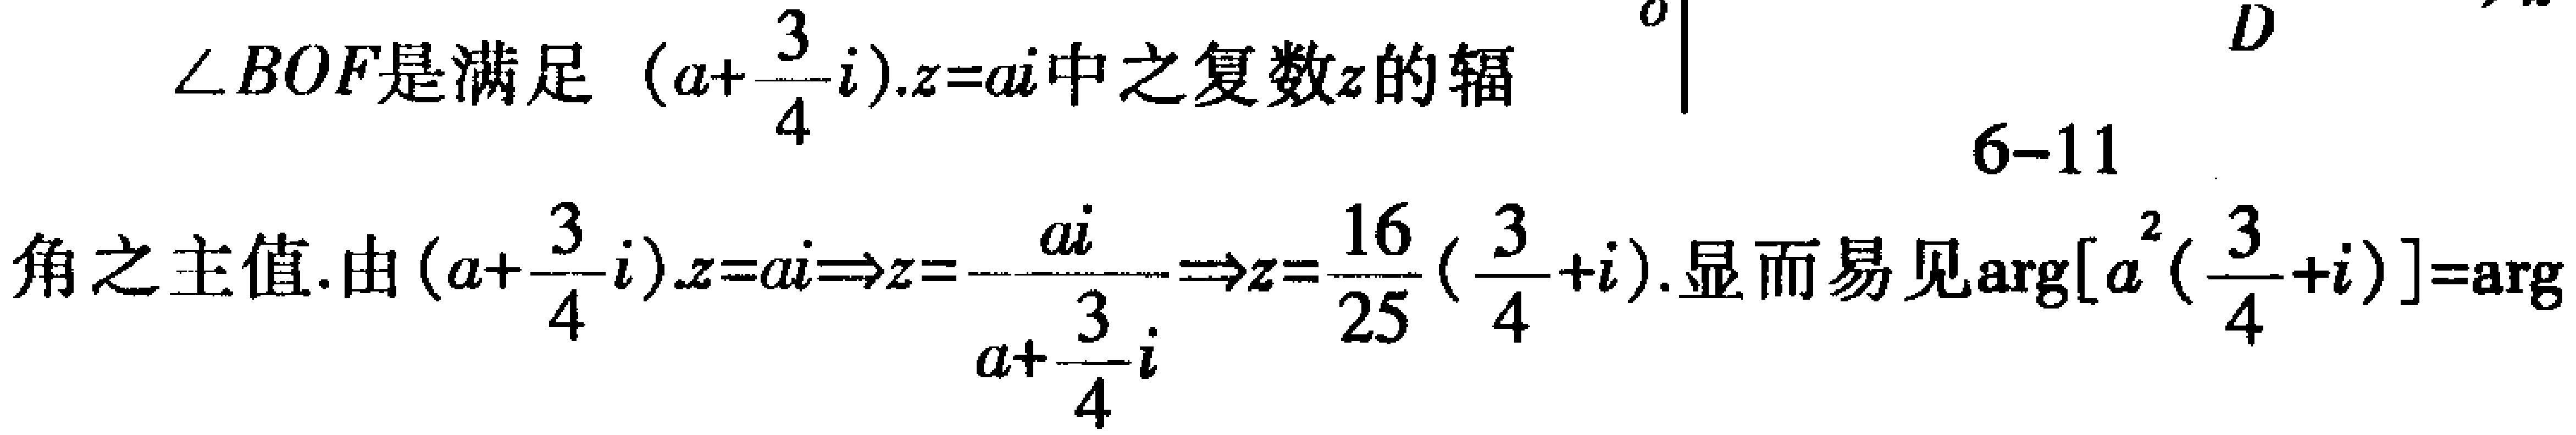
$\angle BOF是满足\left(a + \frac{3}{4}i\right).z = ai中之复数z的辐$
$6 - 11$
$角之主值. 由\left(a + \frac{3}{4}i\right)z = ai\Rightarrow z = \frac{ai}{a + \frac{3}{4}i}\Rightarrow z = \frac{16}{25}\left(\frac{3}{4} + i\right). 显而易见\arg\left[a^{2}\left(\frac{3}{4} + i\right)\right]=\arg$